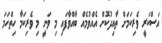
އަސްކަރީ ވެރިކަމަށް ތާއިދުކޮށް އެއްވުމެއް ބާއްވާފައި މި ވަނީ މި ވެރިކަމާ ހިތްހަމަ